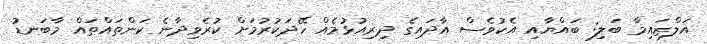
އަލްޒައިމާ ބަލި: ބައްޔާއި އެކުވެސް އާދައިގެ ދިރިއުޅުމެއް ހޭދަކުރުމަށް ކުރެވިދާނެ ކަންތައްތައް މާބަނޑު